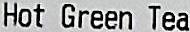
HOT GREEN TEA